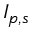
I _ { p , s }